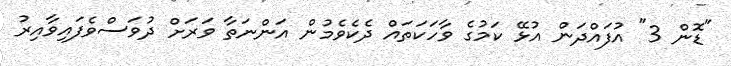
"ޑޮން 3" އުފައްދަން އުޅޭ ކަމުގެ ވާހަކަތައް ދެކެވެމުން އަންނަތާ ވަރަށް ދުވަސްވެފައިވާއިރު